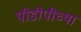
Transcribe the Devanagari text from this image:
पीडीपीच्या